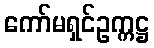
ကော်မရှင်ဥက္ကဋ္ဌ